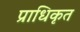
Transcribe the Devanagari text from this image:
प्राधिकृत